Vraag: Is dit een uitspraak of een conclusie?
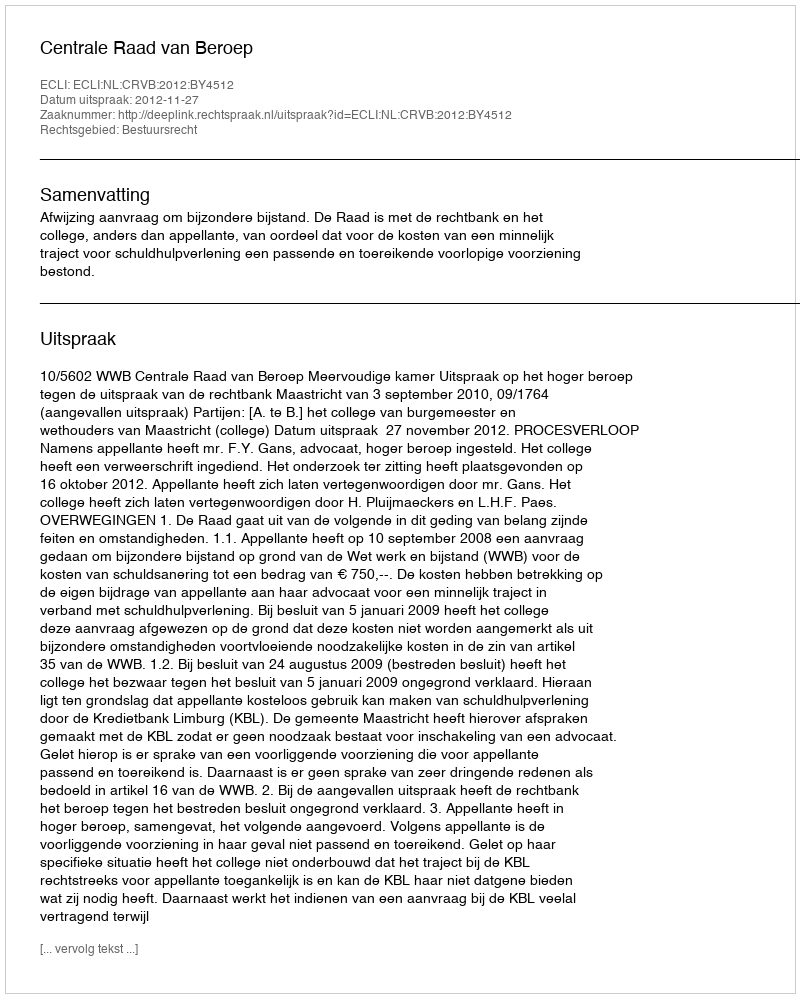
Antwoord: Uitspraak